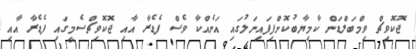
ޖޮކޮވިޗް ވިމްބަލްޑަން ކާމިޔާބުކޮށްފިފައިނަލުގައި އަނެއްކާ ވެސް ފެޑެރާ އާއި ޖޮކޮވިޗްސެމީގައި ފެޑެރާ އާއި